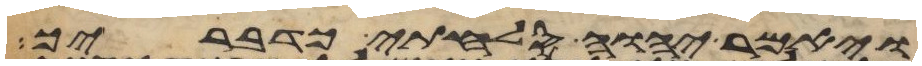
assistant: ויאמר יהוה סלחתי כדבריך